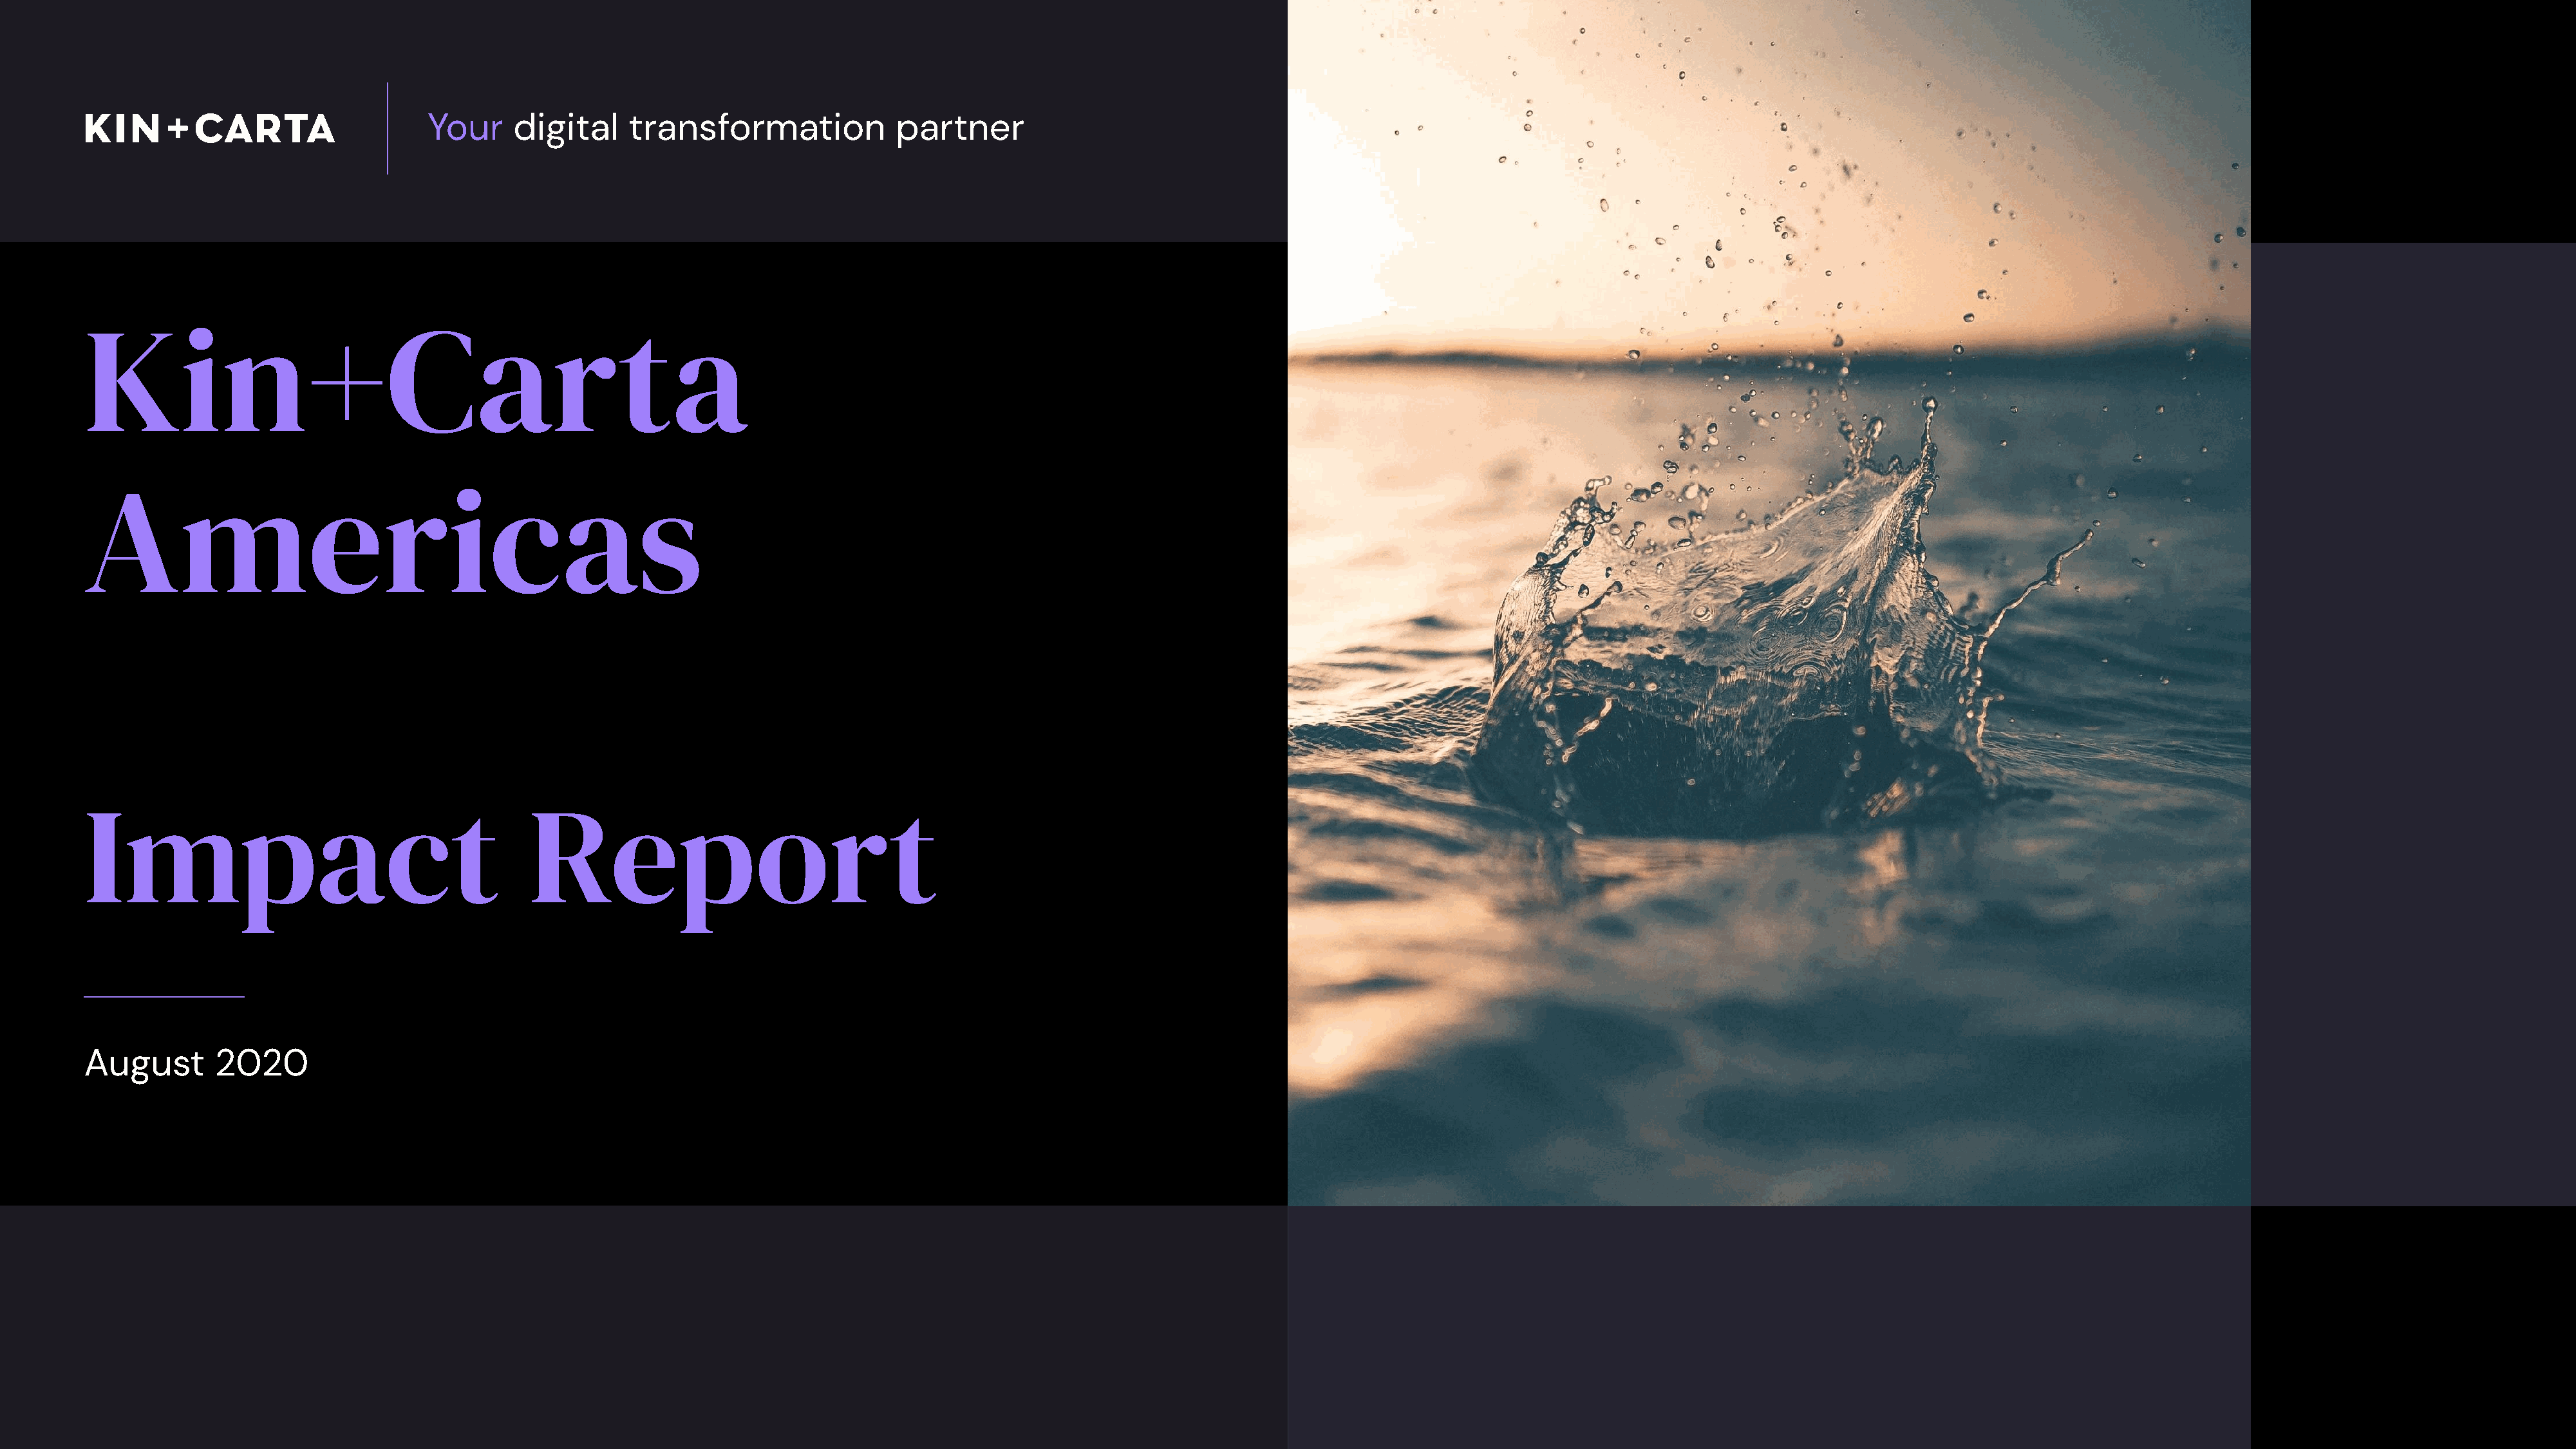
Your     digital     transformation             partner
 Kin+Carta
 Americas
 Impact                                       Report
 August       2020
 1